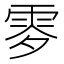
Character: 𩂙